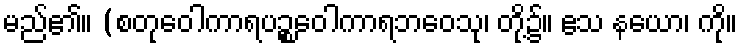
မည်၏။ (စတုဝေါကာရပဉ္စဝေါကာရဘဝေသု၊ တို့၌။ ဧသ နယော၊ ကို။